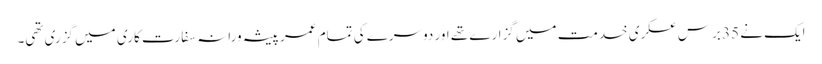
ایک نے 35 برس عسکری خدمت میں گزارے تھے اور دوسرے کی تمام عمر پیشہ ورانہ سفارت کاری میں گزری تھی۔